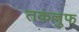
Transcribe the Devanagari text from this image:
तकल्लुफ